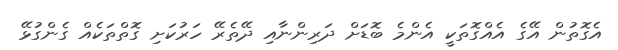
އެގޮތުން އޭގެ އެއްގޮތަކީ އެންމެ ބޮޑަށް ދަރިންނާއި ދޭތެރޭ ހަރުކަށި ގޮތްތަކެއް ގެންގުޅޭ